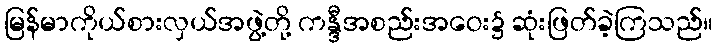
မြန်မာကိုယ်စားလှယ်အဖွဲ့တို့ ကန္ဒီအစည်းအဝေး၌ ဆုံးဖြတ်ခဲ့ကြသည်။